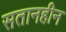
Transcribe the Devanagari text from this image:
सतानहीन